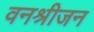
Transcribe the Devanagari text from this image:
वनश्रीजन